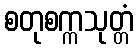
စတုစက္ကသုတ္တံ